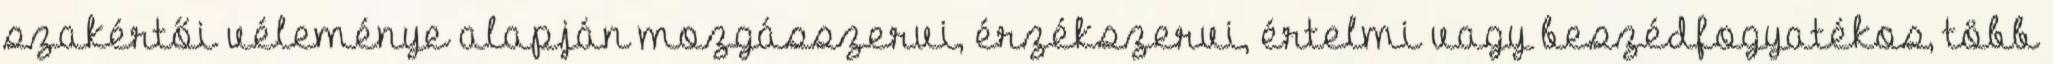
szakértői véleménye alapján mozgásszervi, érzékszervi, értelmi vagy beszédfogyatékos, több